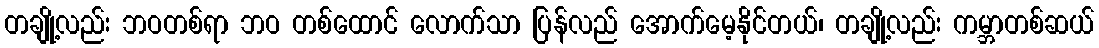
တချို့လည်း ဘဝတစ်ရာ ဘဝ တစ်ထောင် လောက်သာ ပြန်လည် အောက်မေ့နိုင်တယ်၊ တချို့လည်း ကမ္ဘာတစ်ဆယ်